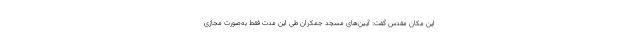
این مکان مقدس گفت: آیین‌های مسجد جمکران طی این مدت فقط به‌صورت مجازی